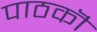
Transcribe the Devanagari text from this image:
पाठकॊं